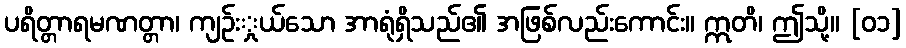
ပရိတ္တာရမဏတ္တာ၊ ကျဉ်းှုယ်သော အာရုံရှိသည်၏ အဖြစ်လည်းကောင်း။ ဣတိ၊ ဤသို့။ [၀၁]